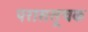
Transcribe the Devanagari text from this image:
पराससूचक